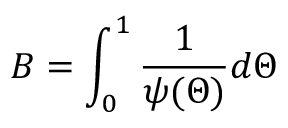
B = \int _ { 0 } ^ { 1 } \frac { 1 } { \psi ( \Theta ) } d \Theta